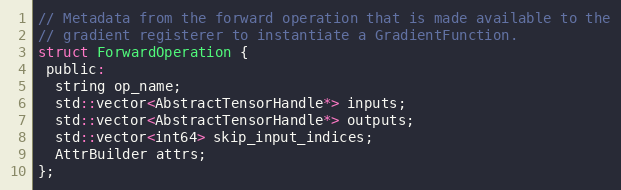
Language: C
// Metadata from the forward operation that is made available to the
// gradient registerer to instantiate a GradientFunction.
struct ForwardOperation {
 public:
  string op_name;
  std::vector<AbstractTensorHandle*> inputs;
  std::vector<AbstractTensorHandle*> outputs;
  std::vector<int64> skip_input_indices;
  AttrBuilder attrs;
};